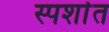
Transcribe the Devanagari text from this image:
स्पर्शात